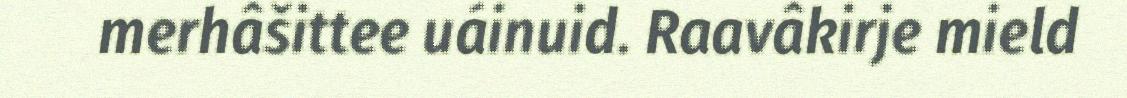
merhâšittee uáinuid. Raavâkirje mield